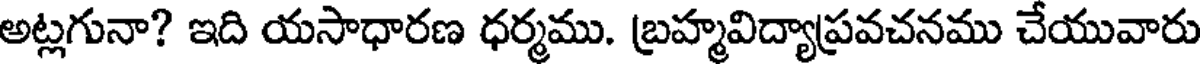
అట్లగునా? ఇది యసాధారణ ధర్మము. బ్రహ్మవిద్యాప్రవచనము చేయువారు